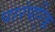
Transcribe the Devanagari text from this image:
पारंपरि्क